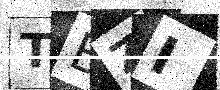
Text: TBZI